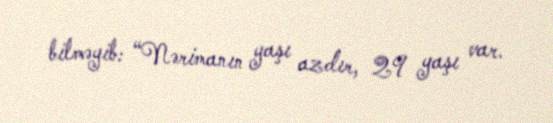
bilməyib: “Nərimanın yaşı azdır, 29 yaşı var.